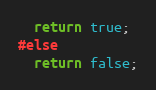
Language: C++
  return true;
#else
  return false;